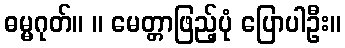
ဓမ္မဂုတ်။ ။ မေတ္တာဖြည့်ပုံ ပြောပါဦး။